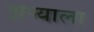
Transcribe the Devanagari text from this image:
झऱ्याला